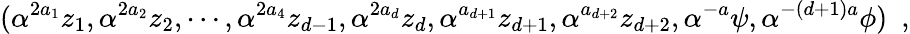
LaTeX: ({{\alpha}^{2a_{1}}{z_{1}},{\alpha}^{2a_{2}}{z_{2}},\cdots,{\alpha}^{2a_{4}}{z_{d-1}},{\alpha}^{2a_{d}}{z_{d}},{\alpha}^{a_{d+1}}{z_{d+1}},{\alpha}^{a_{d+2}}{z_{d+2}},{\alpha}^{-a}{\psi},{\alpha}^{-(d+1)a}{\phi}})\, \, \, ,